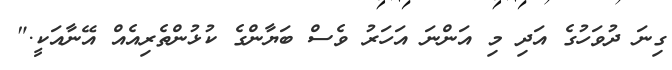
ގިނަ ދުވަހުގެ އަދި މި އަންނަ އަހަރު ވެސް ބަޔާންގެ ކުޅުންތެރިއެއް އޭނާއަކީ."